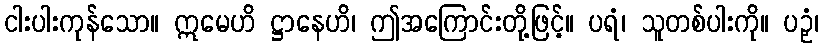
ငါးပါးကုန်သော။ ဣမေဟိ ဋ္ဌာနေဟိ၊ ဤအကြောင်းတို့ဖြင့်။ ပရံ၊ သူတစ်ပါးကို။ ပဉှံ၊